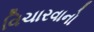
વિચારવાનો